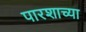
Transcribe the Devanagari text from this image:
पारशाच्या